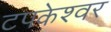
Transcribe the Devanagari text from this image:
टपकेश्‍वर